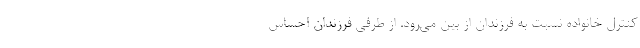
کنترل خانواده نسبت به فرزندان از بین می‌رود. از طرفی فرزندان احساس